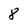
Character: 8